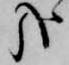
哉